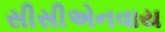
સીસીએનવાય